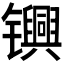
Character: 𬮀